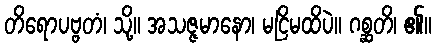
တိရောပဗ္ဗတံ၊ သို့။ အသဇ္ဇမာနော၊ မငြိမထိပဲ။ ဂစ္ဆတိ၊ ၏။